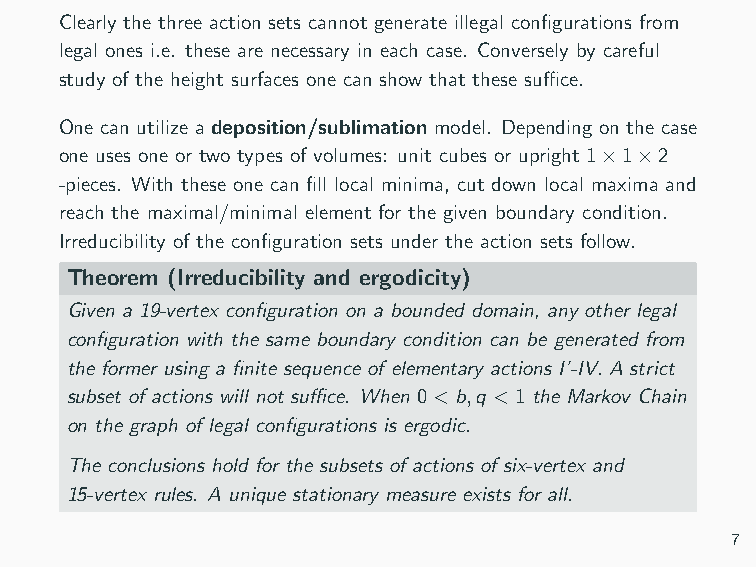
Clearly the three action sets cannot generate illegal configurations from
 legal ones i.e. these are necessary in each case. Conversely by careful
 study of the height surfaces one can show that these suffice.
 One can utilize a deposition/sublimation model. Depending on the case
 one uses one or two types of volumes: unit cubes or upright 1×1×2
 -pieces. With these one can fill local minima, cut down local maxima and
 reach the maximal/minimal element for the given boundary condition.
 Irreducibility of the configuration sets under the action sets follow.
 Theorem (Irreducibility and ergodicity)
 Given a 19-vertex configuration on a bounded domain, any other legal
 configuration with the same boundary condition can be generated from
 the former using a finite sequence of elementary actions I’-IV. A strict
 subset of actions will not suffice. When 0<b,q <1 the Markov Chain
 on the graph of legal configurations is ergodic.
 The conclusions hold for the subsets of actions of six-vertex and
 15-vertex rules. A unique stationary measure exists for all.
 7